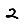
Digit: 2